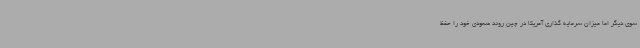
سوی دیگر اما میزان سرمایه گذاری آمریکا در چین روند صعودی خود را حفظ